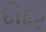
દોદર